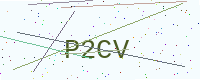
Text: P2CV